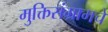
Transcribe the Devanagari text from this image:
मुक्तिसंग्रामचे